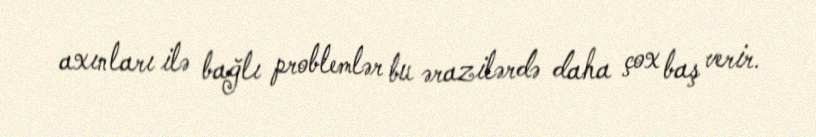
axınları ilə bağlı problemlər bu ərazilərdə daha çox baş verir.